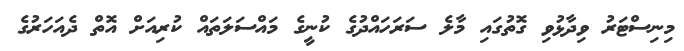
މިނިސްޓަރު ވިދާޅުވި ގޮތުގައި މާލެ ސަރަހައްދުގެ ކުނީގެ މައްސަލަތައް ކުރިއަށް އޮތް ދެއަހަރުގެ